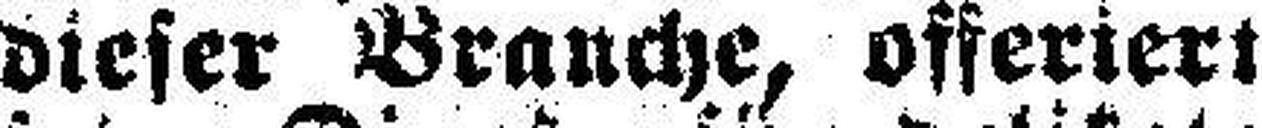
dieser Brauche, offeriert